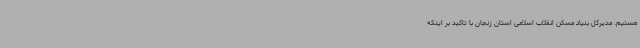
هستیم. مدیرکل بنیاد مسکن انقلاب اسلامی استان زنجان با تاکید بر اینکه